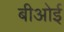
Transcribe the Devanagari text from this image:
बीओई